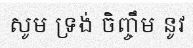
សូម ទ្រង់ ចិញ្ចឹម នូវ